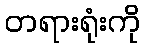
တရားရုံးကို